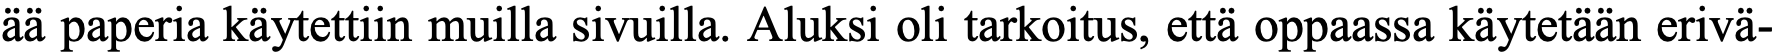
ää paperia käytettiin muilla sivuilla. Aluksi oli tarkoitus, että oppaassa käytetään erivä-